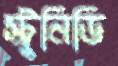
স্ট্রুনিডি